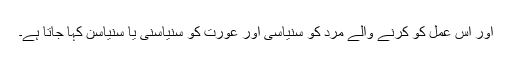
اور اس عمل کو کرنے والے مرد کو سنیاسی اور عورت کو سنیاسنی یا سنیاسن کہا جاتا ہے۔